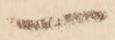
一